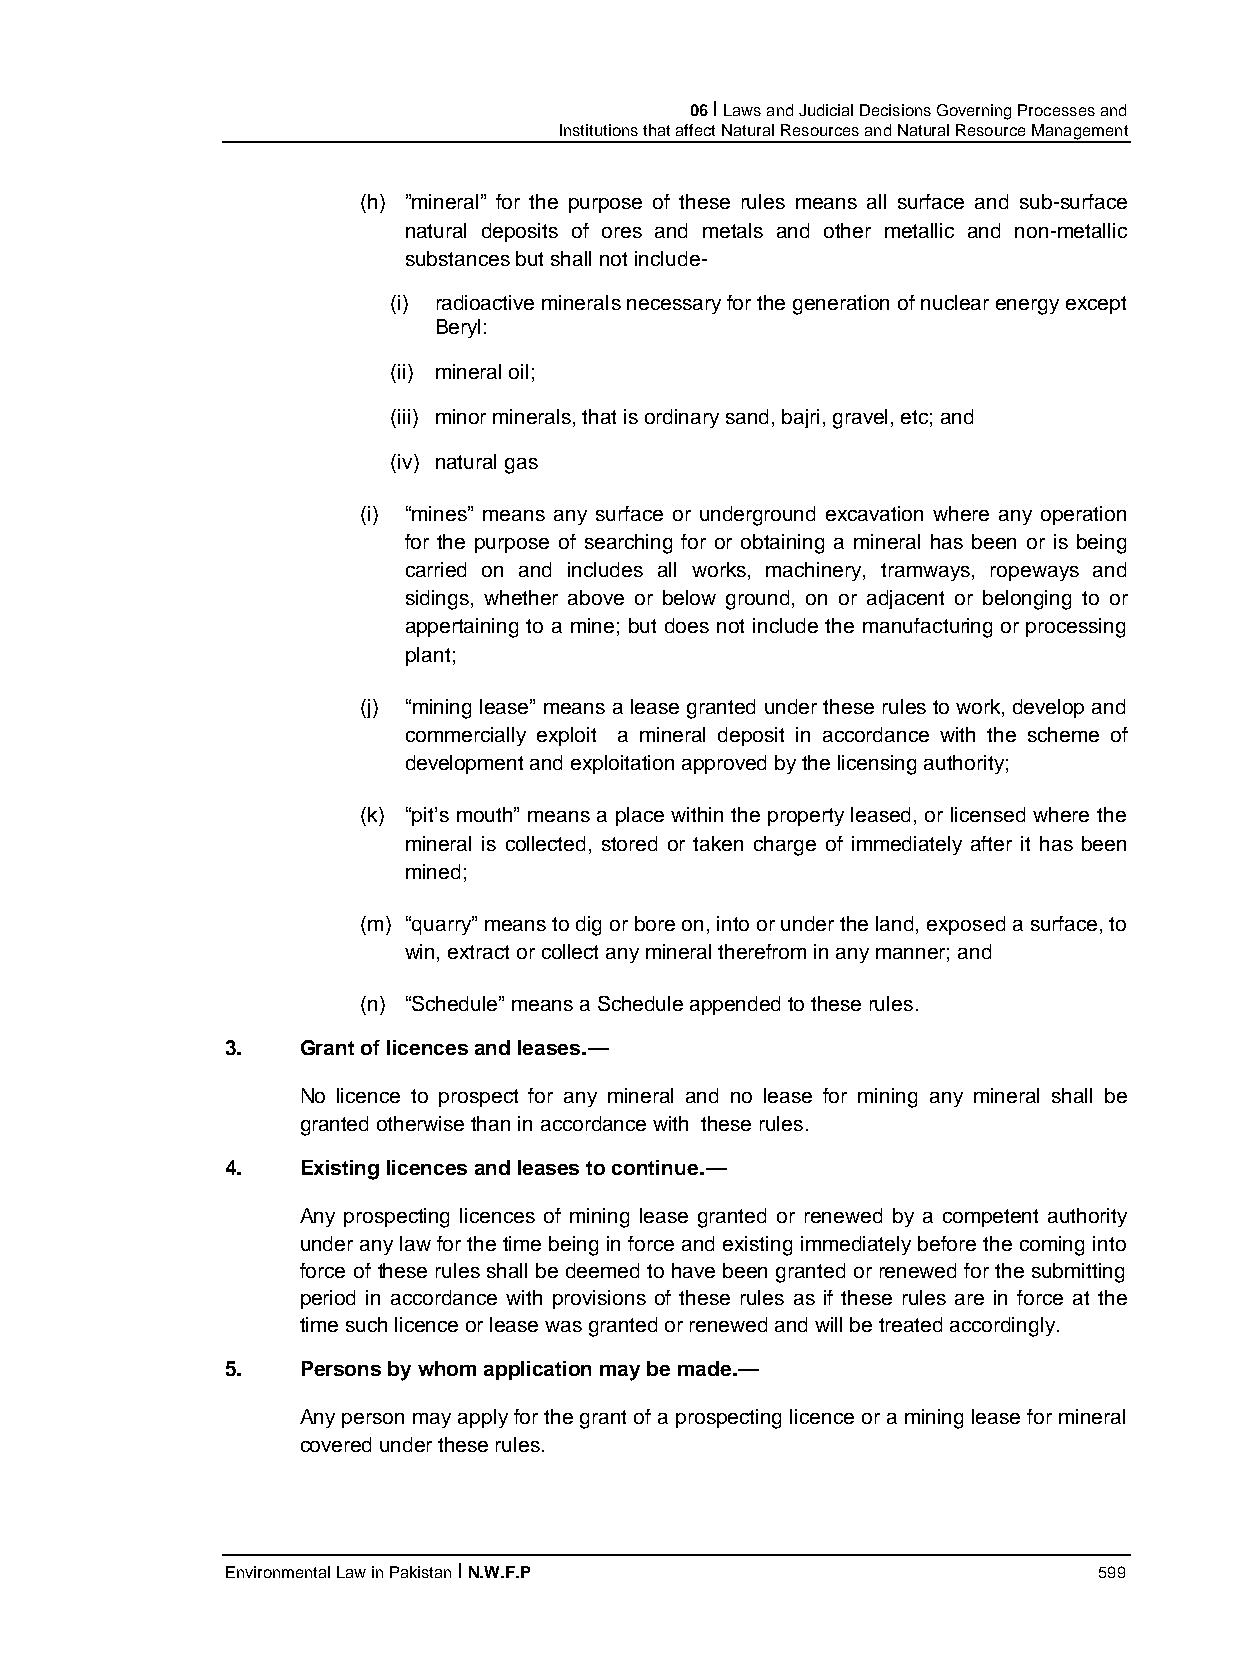
06 I Laws and Judicial Decisions Governing Processes and
 Institutions that affect Natural Resources and Natural Resource Management
 (h) ”mineral” for the purpose of these rules means all surface and sub-surface
 natural deposits of ores and metals and other metallic and non-metallic
 substances but shall not include-
 (i) radioactive minerals necessary for the generation of nuclear energy except
 Beryl:
 (ii) mineral oil;
 (iii) minor minerals, that is ordinary sand, bajri, gravel, etc; and
 (iv) natural gas
 (i) “mines” means any surface or underground excavation where any operation
 for the purpose of searching for or obtaining a mineral has been or is being
 carried on and includes all works, machinery, tramways, ropeways and
 sidings, whether above or below ground, on or adjacent or belonging to or
 appertaining to a mine; but does not include the manufacturing or processing
 plant;
 (j) “mining lease” means a lease granted under these rules to work, develop and
 commercially exploit a mineral deposit in accordance with the scheme of
 development and exploitation approved by the licensing authority;
 (k) “pit’s mouth” means a place within the property leased, or licensed where the
 mineral is collected, stored or taken charge of immediately after it has been
 mined;
 (m) “quarry” means to dig or bore on, into or under the land, exposed a surface, to
 win, extract or collect any mineral therefrom in any manner; and
 (n) “Schedule” means a Schedule appended to these rules.
 3.   Grant of licences and leases.—
 No licence to prospect for any mineral and no lease for mining any mineral shall be
 granted otherwise than in accordance with these rules.
 4.   Existing licences and leases to continue.—
 Any prospecting licences of mining lease granted or renewed by a competent authority
 under any law for the time being in force and existing immediately before the coming into
 force of these rules shall be deemed to have been granted or renewed for the submitting
 period in accordance with provisions of these rules as if these rules are in force at the
 time such licence or lease was granted or renewed and will be treated accordingly.
 5.   Persons by whom application may be made.—
 Any person may apply for the grant of a prospecting licence or a mining lease for mineral
 covered under these rules.
 Environmental Law in Pakistan I N.W.F.P                   599